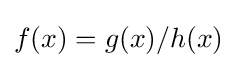
f(x)=g(x)/h(x)